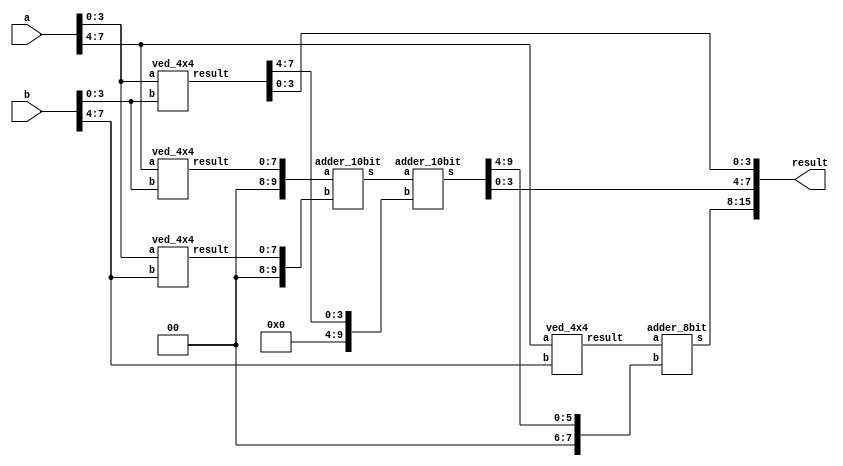
`timescale 1ns / 1ps
//////////////////////////////////////////////////////////////////////////////////
// Designer Name: Bheeshma Verma
// Module Name: ved_8x8
// Project Name: Designing of 8x8 Vedic Multiplier using Verilog
// Target Devices: Artix-7 Nexys 4 DDR FPGA Board
//////////////////////////////////////////////////////////////////////////////////

// 8x8 vedic multi
module ved_8x8(a,b,result);
  
  input [7:0] a,b;
  output [15:0] result;
  wire [15:0] result;
  wire [7:0] temp0,temp1,temp2,temp3;
  wire [9:0] temp4,temp5;
  wire [7:0] temp6;
  
  ved_4x4 m0(a[3:0],b[3:0],temp0);
  ved_4x4 m1(a[7:4],b[3:0],temp1);
  ved_4x4 m2(a[3:0],b[7:4],temp2);
  ved_4x4 m3(a[7:4],b[7:4],temp3);
  
  adder_10bit a0({2'b00,temp1},{2'b00,temp2},temp4);
  adder_10bit a1(temp4,{6'b000000,temp0[7:4]},temp5);
  adder_8bit a2(temp3,{2'b00,temp5[9:4]},temp6);
  
  assign result[3:0] = temp0[3:0];
  assign result[7:4] = temp5[3:0];
  assign result[15:8] = temp6;
  
endmodule

// 4x4 vedic multi
module ved_4x4(a,b,result);
  
  input [3:0] a,b;
  output [7:0] result;
  wire [7:0] result;
  
  wire [3:0] temp0,temp1,temp2,temp3;
  wire [5:0] temp4,temp5;
  wire [3:0] temp6;
  
  ved_2x2 m0(a[1:0],b[1:0],temp0);
  ved_2x2 m1(a[3:2],b[1:0],temp1);
  ved_2x2 m2(a[1:0],b[3:2],temp2);
  ved_2x2 m3(a[3:2],b[3:2],temp3);
  
  adder_6bit a0({2'b00,temp1},{2'b00,temp2},temp4);
  adder_6bit a1(temp4,{4'b0000,temp0[3:2]},temp5);
  adder_4bit a2(temp3,temp5[5:2],temp6);
  
  assign result[1:0] = temp0[1:0];
  assign result[3:2] = temp5[1:0];
  assign result[7:4] = temp6;
  
endmodule

// 2x2 vedic multiplier
module ved_2x2(a,b,result);
  
  input [1:0] a,b;
  output [3:0] result;
  wire [3:0] w;
  
  assign result[0] = a[0] & b[0];
  assign w[0] = a[1] & b[0];
  assign w[1] = a[0] & b[1];
  assign w[2] = a[1] & b[1];
  
  half_adder ha0(w[0],w[1],result[1],w[3]);
  half_adder ha1(w[2],w[3],result[2],result[3]);
  
endmodule

// 10 bit adder
module adder_10bit(a,b,s);
  
  input [9:0] a,b;
  output [9:0] s;
  wire [9:0] s;
  
  assign s = a + b;
  
endmodule

// 8 bit adder
module adder_8bit(a,b,s);
  
  input [7:0] a,b;
  output [7:0] s;
  wire [7:0] s;
  
  assign s = a + b;
  
endmodule 

// 6 bit adder
module adder_6bit(a,b,s);
  
  input [5:0] a,b;
  output [5:0] s;
  wire [5:0] s;
  
  assign s = a + b;
  
endmodule

// 4 bit adder
module adder_4bit(a,b,s);
  
  input [3:0] a,b;
  output [3:0] s;
  wire [3:0] s;
  
  assign s = a + b;
  
endmodule

// Half adder module
module half_adder(a,b,s,co);
  
  input a,b;
  output s,co;
  
  assign s = a ^ b;
  assign co = a & b;
  
endmodule